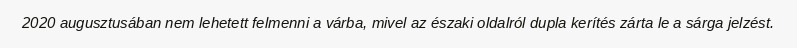
2020 augusztusában nem lehetett felmenni a várba, mivel az északi oldalról dupla kerítés zárta le a sárga jelzést.